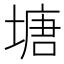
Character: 塘